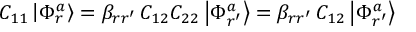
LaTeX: C _ { 1 1 } \left| \Phi _ { r } ^ { a } \right> = \beta _ { r r ^ { \prime } } \, C _ { 1 2 } C _ { 2 2 } \left| \Phi _ { r ^ { \prime } } ^ { a } \right> = \beta _ { r r ^ { \prime } } \, C _ { 1 2 } \left| \Phi _ { r ^ { \prime } } ^ { a } \right>